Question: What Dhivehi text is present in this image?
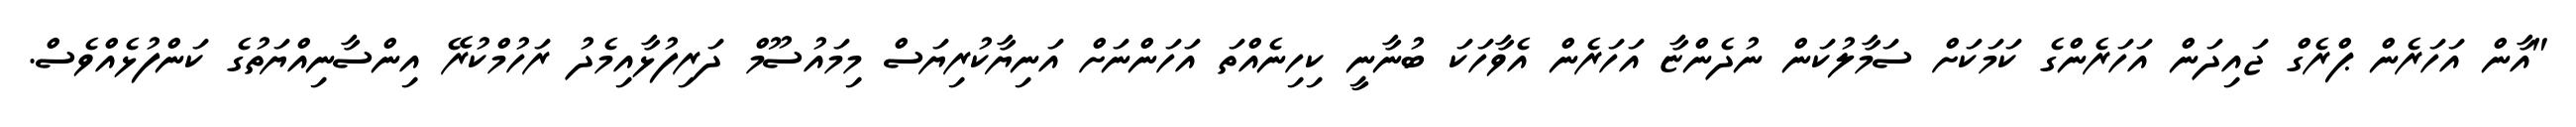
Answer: "އާން އަހަރެން ޕްރެގް ޖައިދަން އަހަރެންގެ ކަމަކަށް ސަމާލުކަން ނުދެންޏާ އަހަރެން އެވާހަކަ ބުނާނީ ކިހިނެއްތަ އަހަންނަށް އަނިޔާކުރިޔަސް މިމައުސޫމް ދަރިފުޅާއިމެދު ރަހުމްކުރޭ އިންސާނިއްޔަތުގެ ކަންފުޅެއްވެސް.